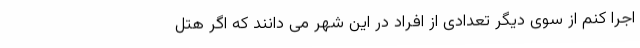
اجرا کنم از سوی دیگر تعدادی از افراد در این شهر می دانند که اگر هتل